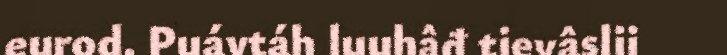
eurod. Puávtáh luuhâđ tievâslii